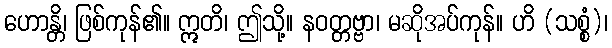
ဟောန္တိ၊ ဖြစ်ကုန်၏။ ဣတိ၊ ဤသို့။ နဝတ္တဗ္ဗာ၊ မဆိုအပ်ကုန်။ ဟိ (သစ္စံ)၊